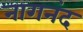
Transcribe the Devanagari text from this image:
नागनंद